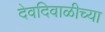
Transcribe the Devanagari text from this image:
देवदिवाळीच्या